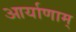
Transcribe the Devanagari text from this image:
आर्याणाम्